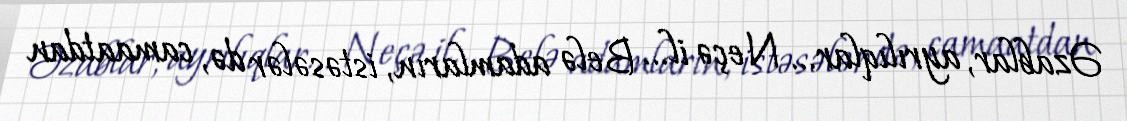
Əzablar, ayrılıqlar... Neçə il... Belə adamların, istəsələr də, camaatdan